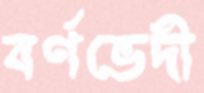
বর্ণভেদী